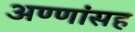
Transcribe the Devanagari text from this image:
अण्णांसह